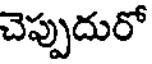
చెప్పుదురో